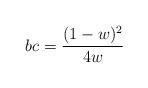
LaTeX: \begin{align*}bc=\frac{(1-w)^2}{4w}\end{align*}